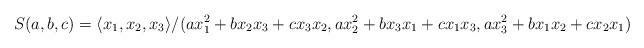
LaTeX: \begin{align*}S(a, b, c) = \langle x_1, x_2, x_3 \rangle/(ax_1^2 + bx_2x_3 + cx_3x_2, ax_2^2 + bx_3x_1 + cx_1x_3, a x_3^2 + bx_1x_2 + cx_2x_1) \end{align*}